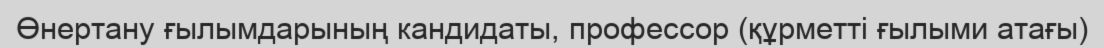
Өнертану ғылымдарының кандидаты, профессор (құрметті ғылыми атағы)